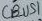
Text: CBUS1